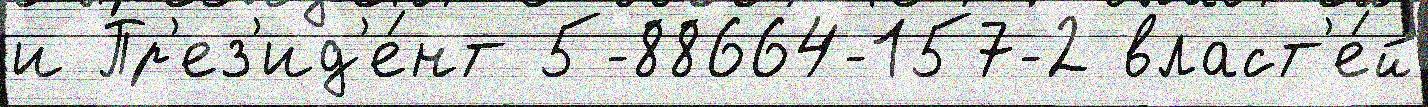
и Пр'ез'ид'е́нт 5-88664-157-2 власт'е́й